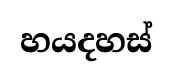
හයදහස්